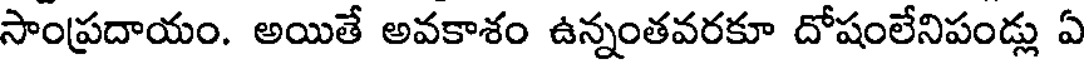
సాంప్రదాయం. అయితే అవకాశం ఉన్నంతవరకూ దోషంలేనిపండ్లు ఏ